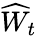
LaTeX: \widehat{W}_{t}